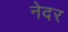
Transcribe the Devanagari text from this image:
नेदर